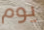
يوم